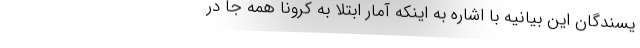
یسندگان این بیانیه با اشاره به اینکه آمار ابتلا به کرونا همه جا در